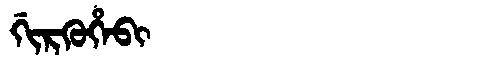
Manchu: ᡤᡳᡵᡴᡠᡥᡝᠪᡳ
Romanization: GIRKUHEBI